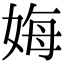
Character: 娒